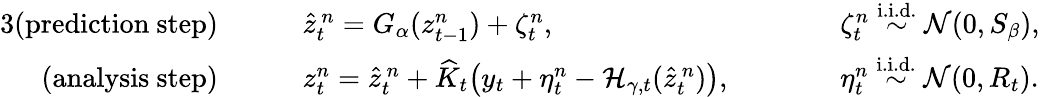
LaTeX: \begin{array}{rlrl}{{3}\mathrm{(prediction~step)}}&{\quad\quad\widehat{z}_{t}^{\, n}=G_{\alpha}({z}_{t-1}^{n})+{\zeta}_{t}^{n},}&&{\quad\quad{\zeta}_{t}^{n}\overset{\mathrm{i.i.d.}}{\sim}\mathcal{N}(0,S_{\beta}),}\\ {\mathrm{(analysis~step)}}&{\quad\quad{z}_{t}^{n}=\widehat{z}_{t}^{\, n}+\widehat K_{t}\bigl(y_{t}+{\eta}_{t}^{n}-\mathcal{H}_{\gamma,t}(\widehat{z}_{t}^{\, n})\bigr),}&&{\quad\quad{\eta}_{t}^{n}\overset{\mathrm{i.i.d.}}{\sim}\mathcal{N}(0,R_{t}).}\end{array}